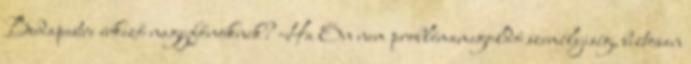
Budapestre érkező nagyfőnöknek? Ha Ön nem problémamegoldó személyiség, biztosan